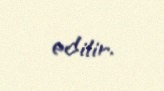
edilir.